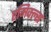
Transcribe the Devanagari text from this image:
एमिक्ल्स